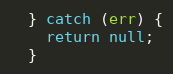
Language: JavaScript
  } catch (err) {
    return null;
  }